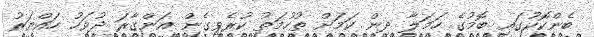
ބެންކޮކުގައި ބޮމުގެ ހަމަލާ ދިން ކަމަށް ތުހުމަތު ކުރެވިގެން އަންގާރަ ދުވަހު ހައްޔަރު